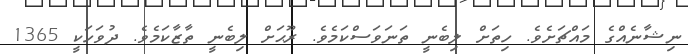
ނިޝާނެއްގެ މައްޗަށެވެ. ހިތަށް ލިބެނީ ތަނަވަސްކަމެވެ. ރޫޙަށް ލިބެނީ ތާޒާކަމެވެ. ދުވަހަކީ 1365